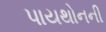
પાયથોનની